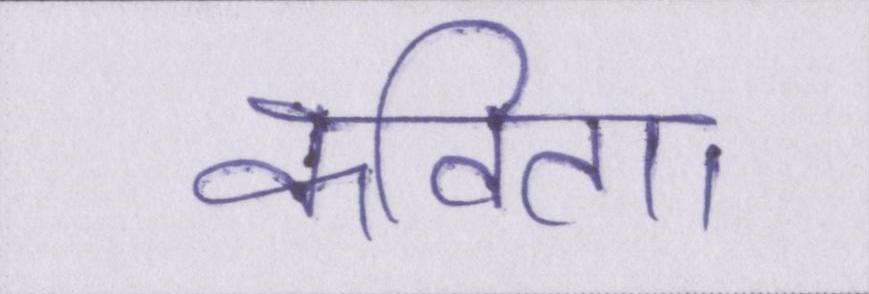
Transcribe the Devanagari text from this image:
कविता।